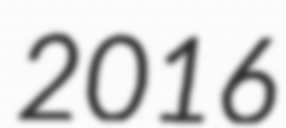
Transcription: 2016